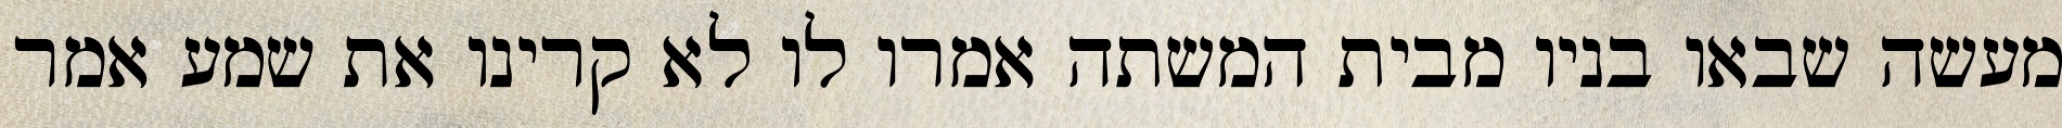
מעשה שבאו בניו מבית המשתה אמרו לו לא קרינו את שמע אמר